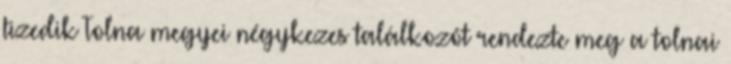
tizedik Tolna megyei négykezes találkozót rendezte meg a tolnai